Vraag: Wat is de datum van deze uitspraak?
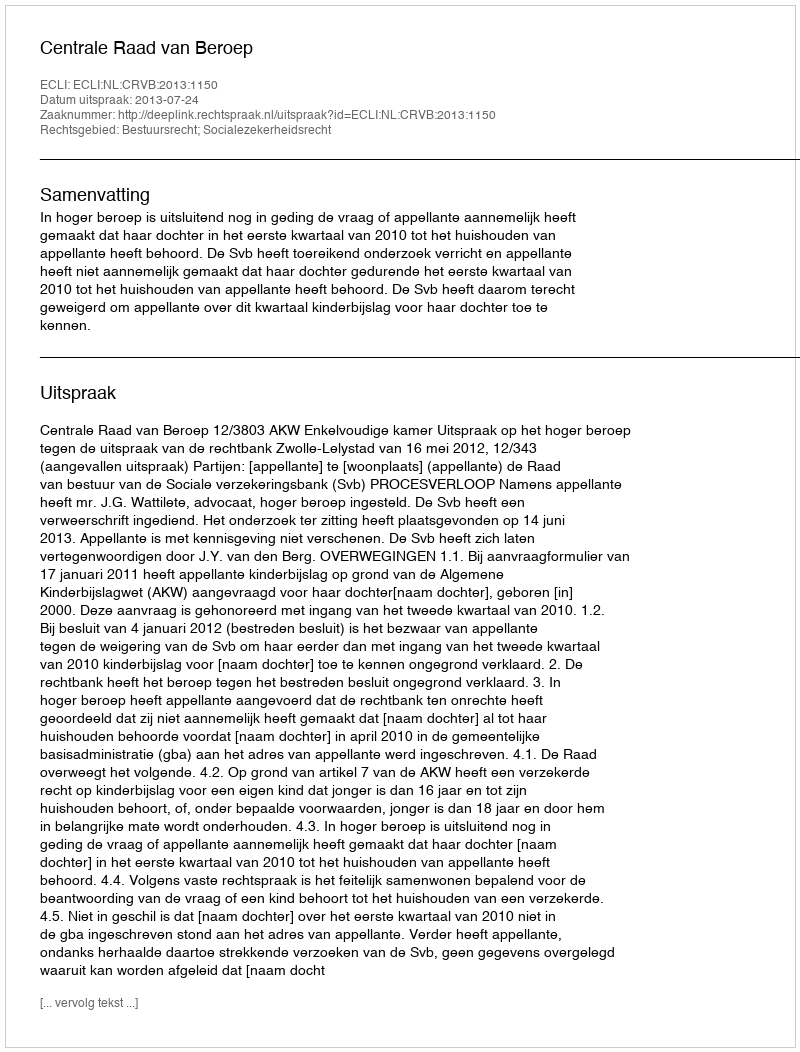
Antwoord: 2013-07-24